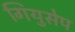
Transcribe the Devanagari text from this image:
गियुसेप